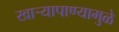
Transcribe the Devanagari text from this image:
खार्‍यापाण्यामुळे